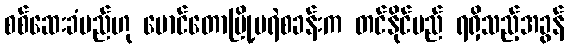
စစ်ဆေးခံမည်ဟု မောင်တောမြို့မရဲစခန်းက တင်နိုင်မည် ရရှိသည့်အခွန်